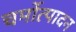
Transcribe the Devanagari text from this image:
चर्मोत्पादन